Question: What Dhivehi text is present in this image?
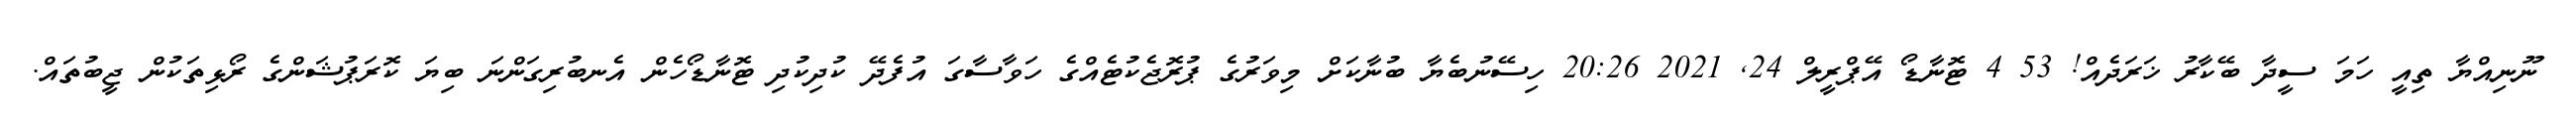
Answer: ނޫނިއްޔާ ތިއީ ހަމަ ސީދާ ބޭކާރު ޚަރަދެއް! 53 4 ޓޮނާޑޯ އޭޕްރީލް 24, 2021 20:26 ހިސޭނުބެޔާ ބުނާކަށް މިވަރުގެ ޕުރޮޖެކުޓެއްގެ ހަވާސާގަ އުފެދޭ ކުދިކުދި ޓޮނާޑޯހެން އެނބުރިގަންނަ ބިޔަ ކޮރަޕުޝަންގެ ރޯޅިތަކުން ޖީބުތައް.